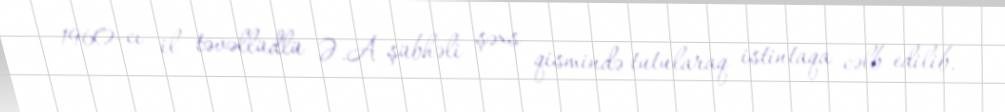
1960-cı il təvəllüdlü Ə.A şübhəli şəxs qismində tutularaq istintaqa cəlb edilib.